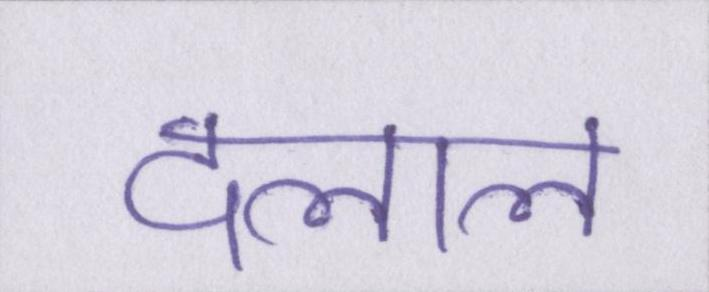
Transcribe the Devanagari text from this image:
दलाल